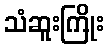
သံဆူးကြိုး